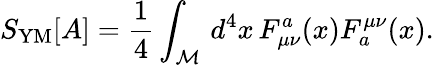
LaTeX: S_{\mathrm{YM}}[A]=\frac{1}{4}\int_{\cal M}\, d^{4}x\, F_{\mu\nu}^{a}(x)F_{a}^{\mu\nu}(x).